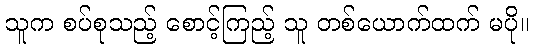
သူက စပ်စုသည့် စောင့်ကြည့် သူ တစ်ယောက်ထက် မပို။